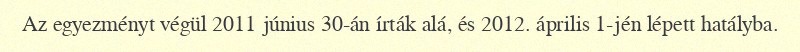
Az egyezményt végül 2011 június 30-án írták alá, és 2012. április 1-jén lépett hatályba.